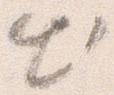
出